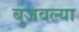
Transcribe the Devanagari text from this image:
बुजवल्या